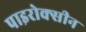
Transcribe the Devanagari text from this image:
पाइरोक्सीन